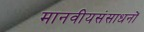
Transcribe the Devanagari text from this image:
मानवीयसंसाधनों